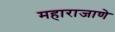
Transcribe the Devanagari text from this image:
महाराजाणे